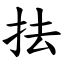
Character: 抾